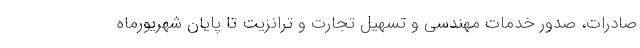
صادرات، صدور خدمات مهندسی و تسهیل تجارت و ترانزیت تا پایان شهریورماه